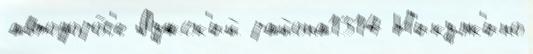
автодоро́г'е Лужск'ий района1314 Н'икулк'ино